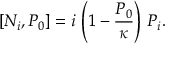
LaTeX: \left[ N _ { i } , P _ { 0 } \right] = i \, \left( 1 - { \frac { P _ { 0 } } { \kappa } } \right) \, P _ { i } .